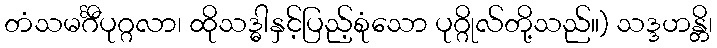
တံသမင်္ဂီပုဂ္ဂလာ၊ ထိုသဒ္ဓါနှင့်ပြည့်စုံသော ပုဂ္ဂိုလ်တို့သည်။) သဒ္ဒဟန္တိ၊